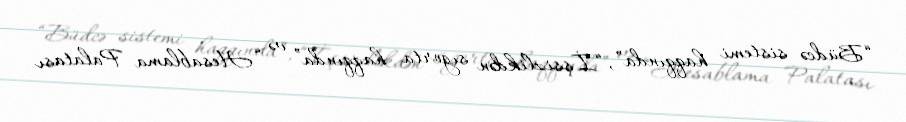
“Büdcə sistemi haqqında”, “İşsizlikdən sığorta haqqında” və “Hesablama Palatası